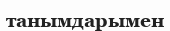
танымдарымен